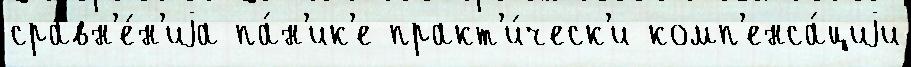
сравн'е́н'иjа па́н'ик'е практ'и́ческ'и комп'енса́циjи